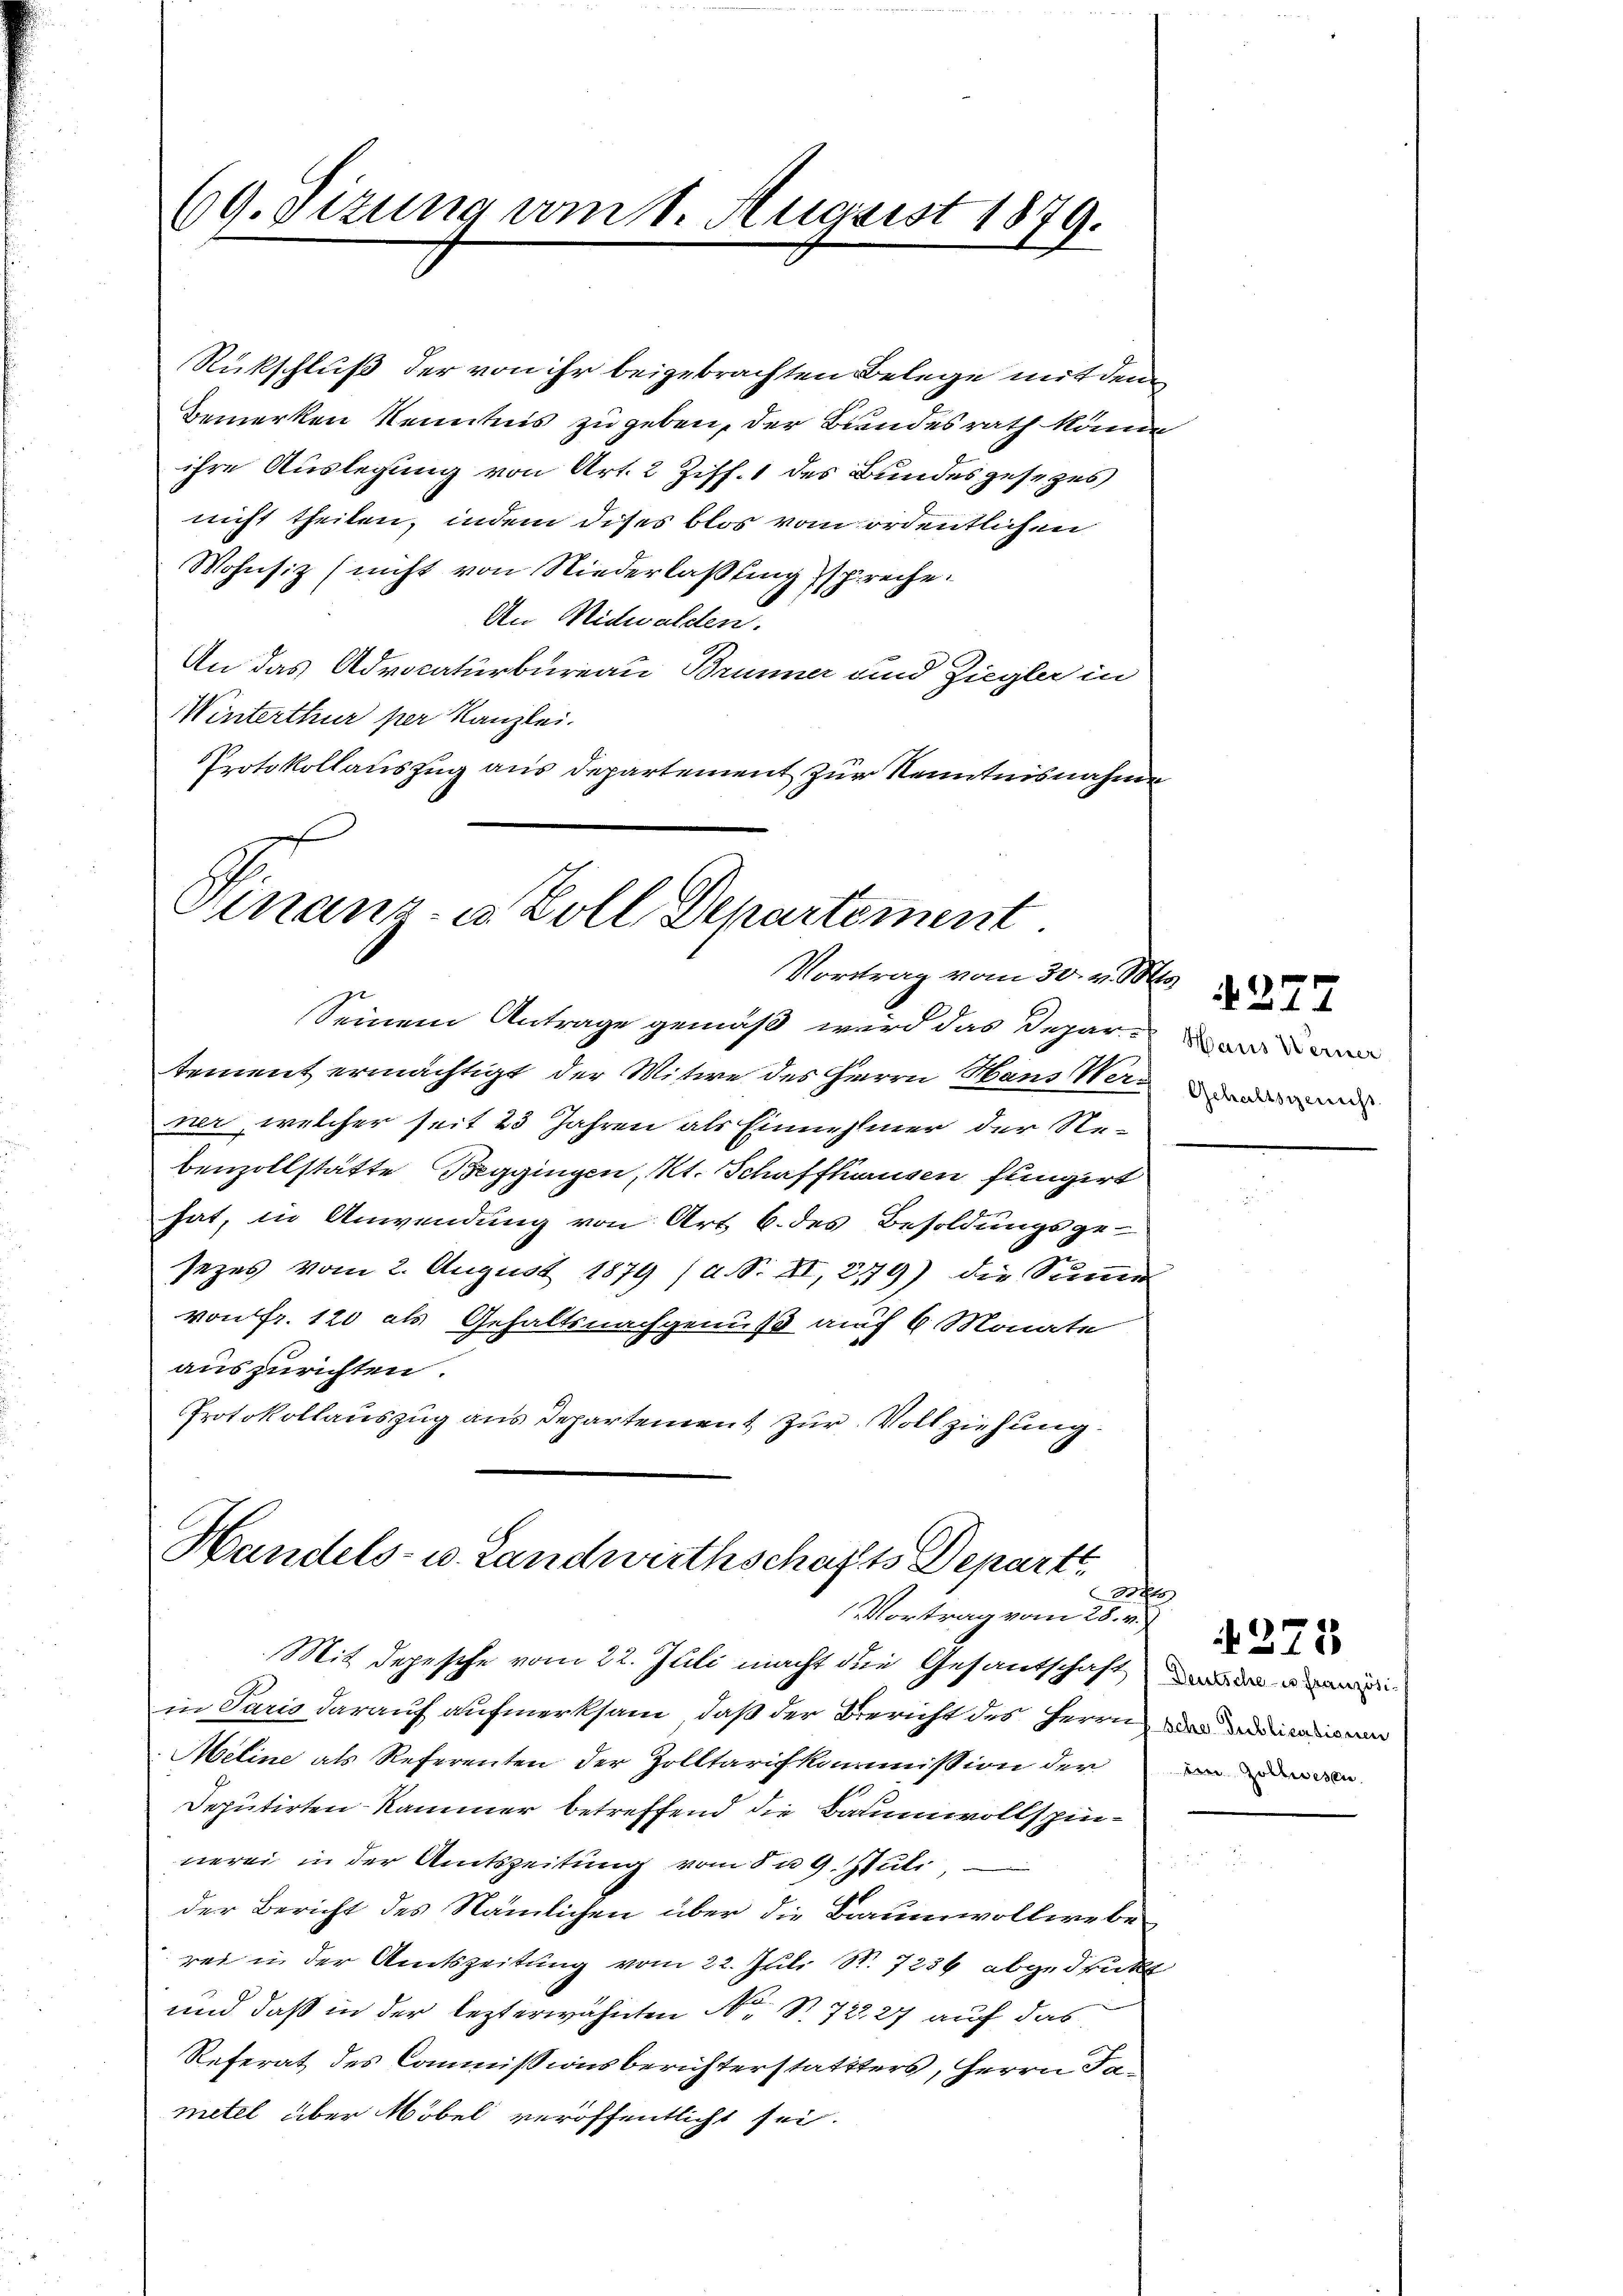
69. Sizung vom 1. August 1879.

Rückschluß der von ihr beigebrachten Belege mit dem
Bemerken Kenntnis zu geben, der Bundesrath könne
ihre Auslegung von Art. 2 Ziff. 1 des Bundesgesezes
nicht theilen, indem dises blos vom ordentlichen
Wohnsiz (nicht von Niederlaßung spreche.
An Nidwalden.
An das Advocaturbureau Brunner und Ziegler in
Winterthur per Kanzlei.
Protokollauszug aus Departement zur Kenntnisnahme

Finanz- u Voll Departement.
Vortrag vom 30. v. M. d

Seinem Antrage gemäß wird das Departement ermächtigt der Witwe des Herrn Hans Wernier, welcher seit 23 Jahren als Einnehmer der Rebenzollstätte Beggingen, Kt. Schaffhausen fungirt
hat, in Anwendung von Art 6. des Besoldungsge-
sezes vom 2. August 1879 (d. S. II, 2179) die Summe
von Fr. 120 als Gehaltsnachgenuß auf 6 Monate
auszurichten.
Protokollauszug aus Departement zur Vollziehung.

Handels- u. Landwirthschafts Departe
23 f
Vortrag vom 28. v.

Mit depesche vom 22. Juli macht die Gesantschaft und d
in Paris darauf aufmerksam, daß der Berricht des Herrn ein a
Meline als Referenten der Zolltarifkommission der
Deputirten Kammer betreffend die Baumwollspinnerei in der Amtszeitung vom 8 n 9. Juli,
der Bericht des Nämlichen über die Baumwollwebe
rei in der Amtszeitung vom 22. Juli S. 7236 abgedrukt
und daß in der lezterwähnten N. S. 72227 auf das
Referat des Commissionsberichterstattters, Herrn Fametel über Möbel veröffentlicht sei.

Hans Werner
Gehaltsgericht

e
den Zollwesen.

1271